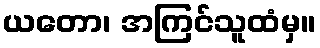
ယတော၊ အကြင်သူထံမှ။